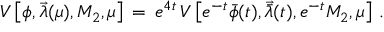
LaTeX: { \cal V } \left[ \phi , { \vec { \lambda } } ( \mu ) , M _ { 2 } , \mu \right] \, = \, e ^ { 4 t } \, { \cal V } \left[ e ^ { - t } { \bar { \phi } } ( t ) , { \vec { \bar { \lambda } } } ( t ) , e ^ { - t } M _ { 2 } , \mu \right] \, .